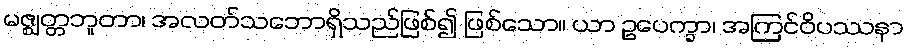
မဇ္ဈတ္တဘူတာ၊ အလတ်သဘောရှိသည်ဖြစ်၍ ဖြစ်သော။ ယာ ဥပေက္ခာ၊ အကြင်ဝိပဿနာ